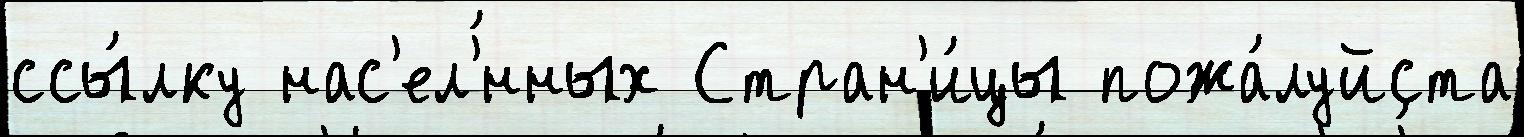
ссы́лку нас'ел'́нных Стран'и́цы пожа́луйста